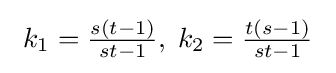
\ k_{1}={\tfrac {s(t-1)}{st-1}},\;k_{2}={\tfrac {t(s-1)}{st-1}}\